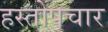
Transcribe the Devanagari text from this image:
हस्तोपचार